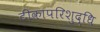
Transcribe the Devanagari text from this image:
टीकापरिशुद्धि